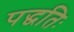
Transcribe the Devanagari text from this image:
पद्धतिः